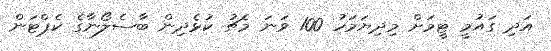
އަދި ގައުމީ ޓީމަށް މިދިޔަމަހު 100 ވަނަ މެޗު ކުޅެދިން ބާސެލޯނާގެ ކެޕްޓަން